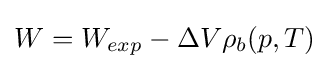
W=W_{exp}-\Delta V\rho _{b}(p,T)